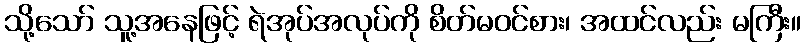
သို့သော် သူ့အနေဖြင့် ရဲအုပ်အလုပ်ကို စိတ်မဝင်စား၊ အထင်လည်း မကြီး။